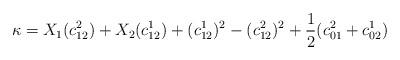
LaTeX: \begin{align*}\kappa = X_1(c_{12}^2)+X_2(c_{12}^1)+(c_{12}^1)^2-(c_{12}^2)^2+\frac{1}{2}(c_{01}^2+c_{02}^1)\end{align*}